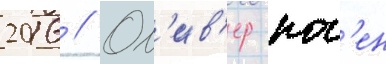
2016 // Ол'ив'ер нас'ен